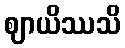
ဈာယိဿသိ